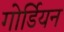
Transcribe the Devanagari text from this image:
गोर्डियन